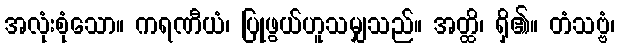
အလုံးစုံသော။ ကရဏီယံ၊ ပြုဖွယ်ဟူသမျှသည်။ အတ္ထိ၊ ရှိ၏။ တံသဗ္ဗံ၊